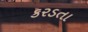
કરડતા